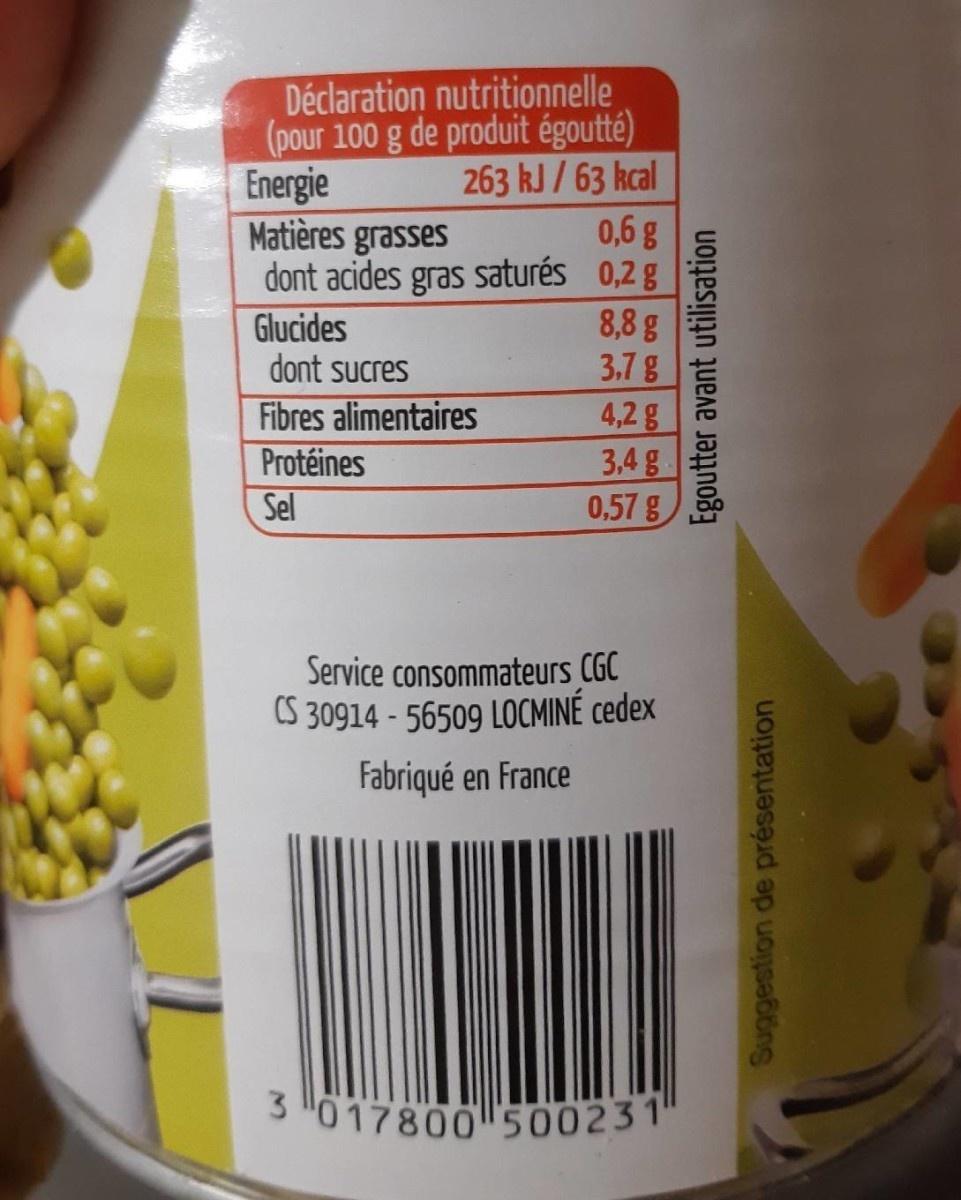
Déclaration nutritionnelle (pour 100 g de produit égoutté) 263 kJ / 63 kcal 0,6 g dont acides gras saturés 0,2 g 8,8 g 3,7g 4,2g 3.4 g 0,57 g Energie Matières grasses Glucides dont sucres Fibres alimentaires Protéines Sel Service consommateurs CGC S 30914 - 56509 LOCMINÉ cedex Fabriqué en France 3"017800 '500231" Egoutter avant utilisation Suggestion de présentation